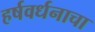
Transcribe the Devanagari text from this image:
हर्षवर्धनाचा